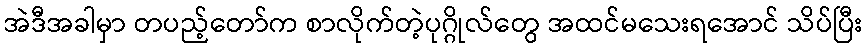
အဲဒီအခါမှာ တပည့်တော်က စာလိုက်တဲ့ပုဂ္ဂိုလ်တွေ အထင်မသေးရအောင် သိပ်ပြီး